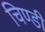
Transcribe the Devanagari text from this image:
चिण्डी